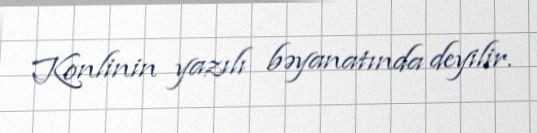
Konlinin yazılı bəyanatında deyilir.